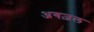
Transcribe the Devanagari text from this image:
अगज़ल